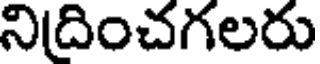
నిదించగలరు